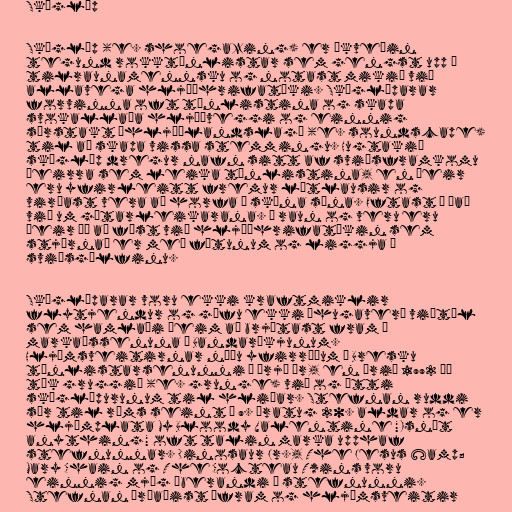
Skógláp

Skógláp (e. shoegazing) er ákveðin
tegund rokktónlistar sem gengst upp í
tilraunamennsku og notast mikið við
allavega hljóðhrifatæki. Skógláparar
forvinna oft tónlistina og skapa
svokallaða hljóðveggi og einnig
sérstakt „hljóðlandslag“ (e. soundscape)
til að skapa vissa stemmingu. Hugtakið
skógláp dregur nafn sitt af sviðsframkomu
þeirra sem leika tónlistina, en þeir
eru yfirleitt fremur látlausir og
virðast vera að horfa á skóna sína. Oftast á það
við um gítarleikarana. Í raun og veru eru
þeir þó að fást við hljóðhrifatækin sem
stjórnað er með fótunum og liggja á
sviðsgólfinu.

Skógláparar voru ekki kraftmiklir
flytjendur og gáfu ekki áhugaverð viðtöl
sem hamlaði þeim að brjótast fram í
markaðssenuna í Bandaríkjunum.
Hljómsveitirnar náðu yfirráðum í Bresku
tónlistarsenunni í þrjú ár, en árið 1992 þá
tók gruggið (e. grunge) við og ýtti
skóglápurunum til hliðar. Stefnan ruddi
sér til rúms seint á 9. áratug 20. aldar og er
hljómplata My Bloody Valentine "Isn't
anything" oft talin marka upphaf
stefnunnar. Dinosaur Jr., The Jesus &amp;
Mary Chain og The Cocteau Twins voru
einnig mjög áberandi í stefnunni.
Stefnan þróaðist áfram og hljómsveitir